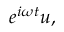
e ^ { i \omega t } u ,